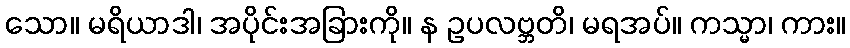
သော။ မရိယာဒါ၊ အပိုင်းအခြားကို။ န ဥပလဗ္ဘတိ၊ မရအပ်။ ကသ္မာ၊ ကား။